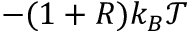
- ( 1 + R ) k _ { B } \mathcal { T }